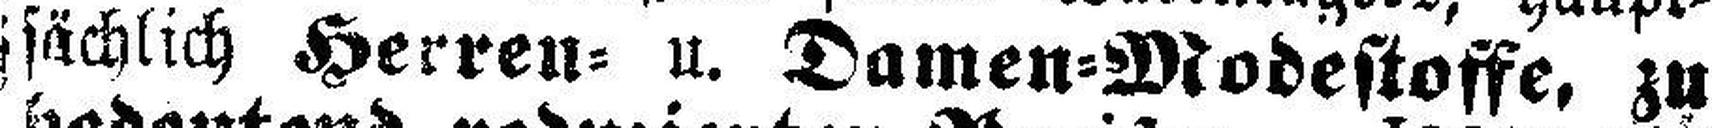
jsächlich Herren= u. Damen=Modestoffe, zu